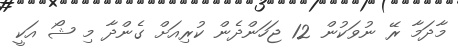
މާދަމާ ރޭ ނުވަކުން 12 ޖަހަންދެން ކުރިއަށް ގެންދާ މި ޝޯ އަކީ